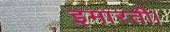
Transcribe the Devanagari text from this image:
इमारती।